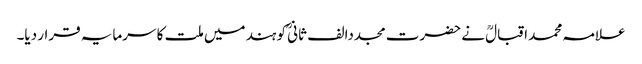
علامہ محمد اقبالؒ نے حضرت مجددا لف ثانیؒ کو ہند میں ملت کا سرمایہ قرار دیا۔